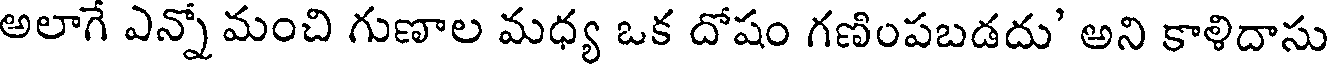
అలాగే ఎన్నో మంచి గుణాల మధ్య ఒక దోషం గణింపబడదు' అని కాళిదాసు